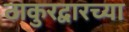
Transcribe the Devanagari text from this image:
ठाकुरद्वारच्या